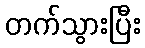
တက်သွားပြီး